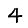
Digit: 4